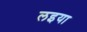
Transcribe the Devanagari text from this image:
लइया